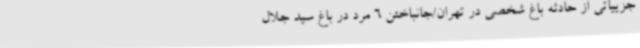
جزییاتی از حادثه باغ شخصی در تهران/جانباختن 6 مرد در باغ سید جلال